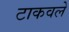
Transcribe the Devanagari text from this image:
टाकवले